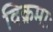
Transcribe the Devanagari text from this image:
विक्रमाः